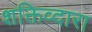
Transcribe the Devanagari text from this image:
शक्तिव्दारा